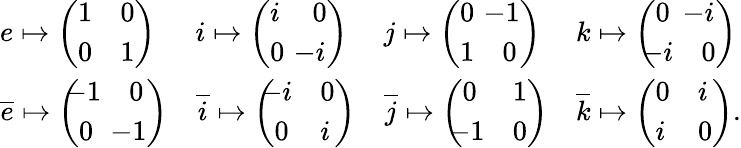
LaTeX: {\begin{array}{llll}{e\mapsto{\left(\begin{array}{ll}{1}&{0}\\ {0}&{1}\end{array}\right)}}&{i\mapsto{\left(\begin{array}{ll}{i}&{0}\\ {0}&{\! \! \! \! -i}\end{array}\right)}}&{j\mapsto{\left(\begin{array}{ll}{0}&{\! \! \! \! -1}\\ {1}&{0}\end{array}\right)}}&{k\mapsto{\left(\begin{array}{ll}{0}&{\! \! \! \! -i}\\ {\! \! \! -i}&{0}\end{array}\right)}}\\ {{\overline{{e}}}\mapsto{\left(\begin{array}{ll}{\! \! \! -1}&{0}\\ {0}&{\! \! \! \! -1}\end{array}\right)}}&{{\overline{{i}}}\mapsto{\left(\begin{array}{ll}{\! \! \! -i}&{0}\\ {0}&{i}\end{array}\right)}}&{{\overline{{j}}}\mapsto{\left(\begin{array}{ll}{0}&{1}\\ {\! \! \! -1}&{0}\end{array}\right)}}&{{\overline{{k}}}\mapsto{\left(\begin{array}{ll}{0}&{i}\\ {i}&{0}\end{array}\right)}.}\end{array}}